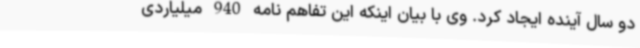
دو سال آینده ایجاد کرد. وی با بیان اینکه این تفاهم نامه 940 میلیاردی